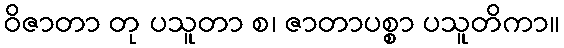
ဝိဇာတာ တု ပသူတာ စ၊ ဇာတာပစ္စာ ပသူတိကာ။